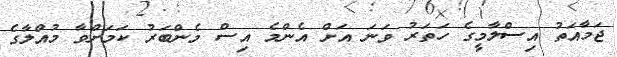
ޖަމާއަތު އިސްލާމީގެ ހަތަރު ވަނަ އަށް އެންމެ އިސް މެންބަރު ކަމަށްވާ މުއްލާގެ